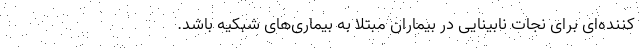
کننده‌ای برای نجات نابینایی در بیماران مبتلا به بیماری‌های شبکیه باشد.